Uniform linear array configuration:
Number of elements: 32
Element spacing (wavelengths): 0.25
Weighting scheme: kaiser
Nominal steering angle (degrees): -60
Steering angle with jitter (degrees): -59.599
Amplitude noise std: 0.05
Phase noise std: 0.05

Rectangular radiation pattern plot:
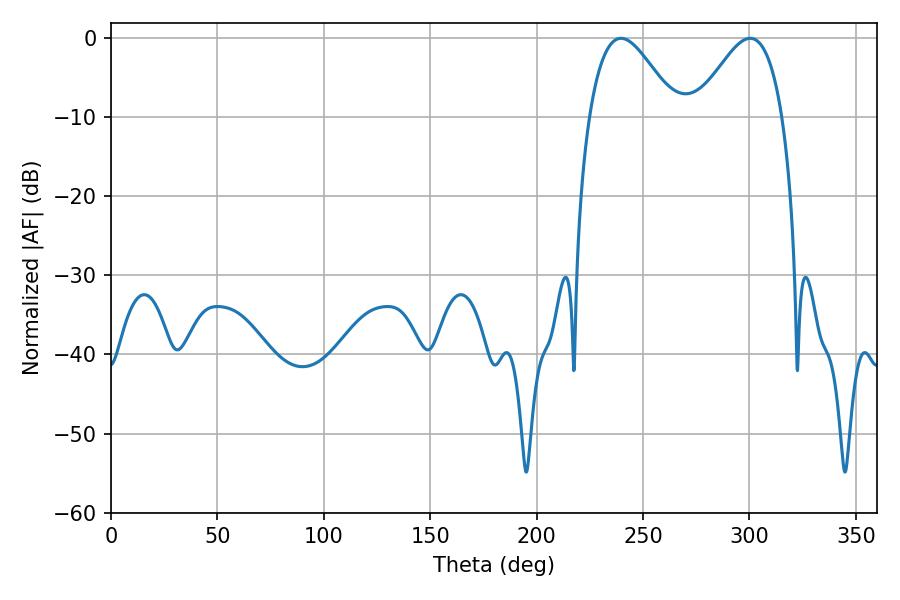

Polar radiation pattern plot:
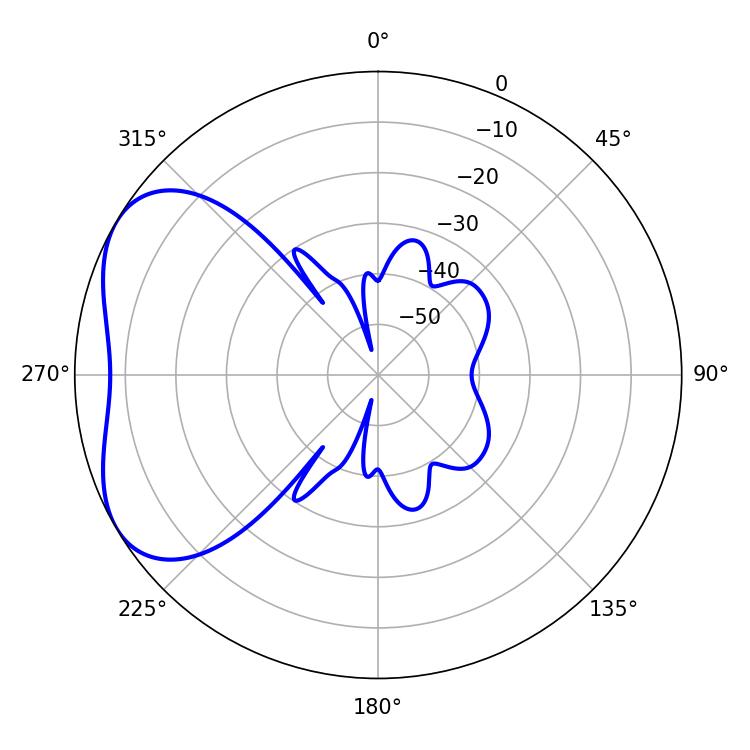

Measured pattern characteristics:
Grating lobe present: FALSE
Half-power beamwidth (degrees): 21.78
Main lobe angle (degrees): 239.58